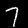
Label: 7